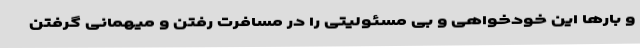
و بارها این خودخواهی و بی مسئولیتی را در مسافرت رفتن و میهمانی گرفتن